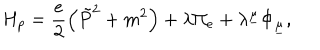
LaTeX: H _ { p } = \frac { e } { 2 } \left( \tilde { P } ^ { 2 } + m ^ { 2 } \right) + \lambda \Pi _ { e } + \lambda ^ { \underline { { { \mu } } } } \Phi _ { \underline { { { \mu } } } } ,